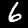
Label: 6